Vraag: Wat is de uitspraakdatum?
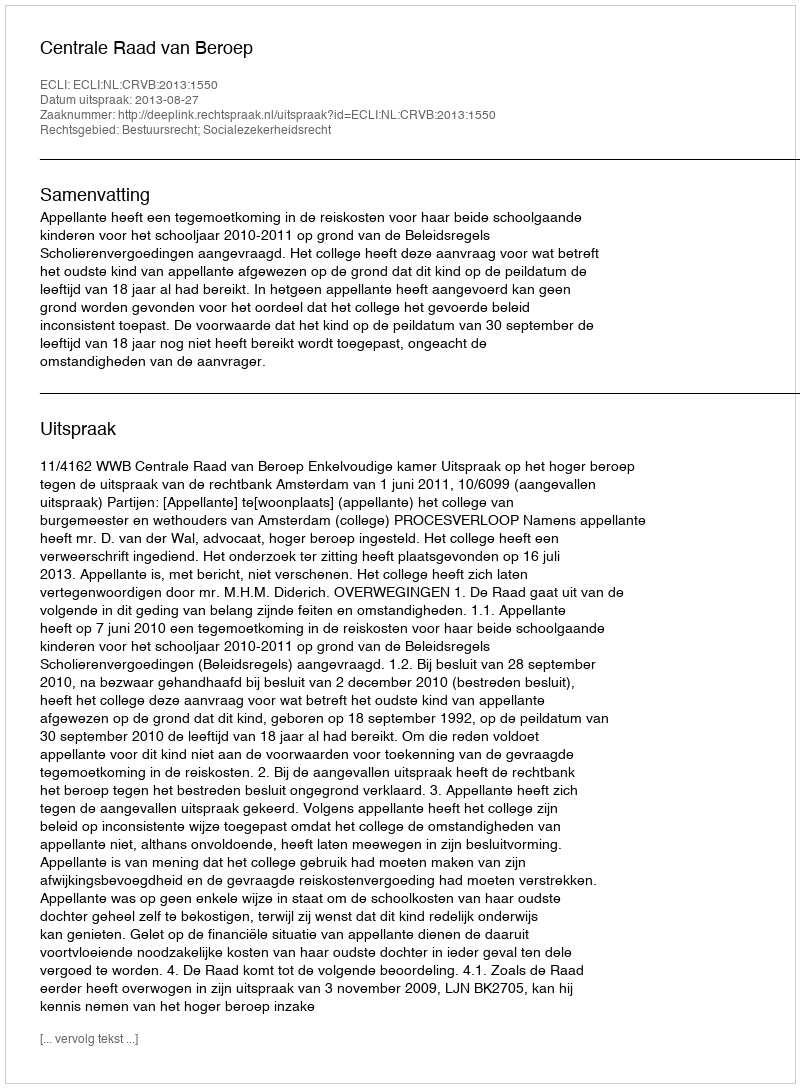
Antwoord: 2013-08-27